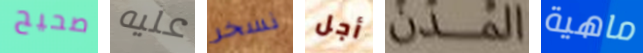
صحيح عليه نسخر أجل المدن ماهية